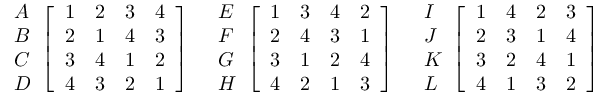
{ \begin{array} { l } { A } \\ { B } \\ { C } \\ { D } \end{array} } { \left[ \begin{array} { l l l l } { 1 } & { 2 } & { 3 } & { 4 } \\ { 2 } & { 1 } & { 4 } & { 3 } \\ { 3 } & { 4 } & { 1 } & { 2 } \\ { 4 } & { 3 } & { 2 } & { 1 } \end{array} \right] } \quad { \begin{array} { l } { E } \\ { F } \\ { G } \\ { H } \end{array} } { \left[ \begin{array} { l l l l } { 1 } & { 3 } & { 4 } & { 2 } \\ { 2 } & { 4 } & { 3 } & { 1 } \\ { 3 } & { 1 } & { 2 } & { 4 } \\ { 4 } & { 2 } & { 1 } & { 3 } \end{array} \right] } \quad { \begin{array} { l } { I } \\ { J } \\ { K } \\ { L } \end{array} } { \left[ \begin{array} { l l l l } { 1 } & { 4 } & { 2 } & { 3 } \\ { 2 } & { 3 } & { 1 } & { 4 } \\ { 3 } & { 2 } & { 4 } & { 1 } \\ { 4 } & { 1 } & { 3 } & { 2 } \end{array} \right] }